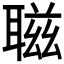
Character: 𦖺